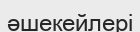
әшекейлері